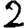
Digit: 2